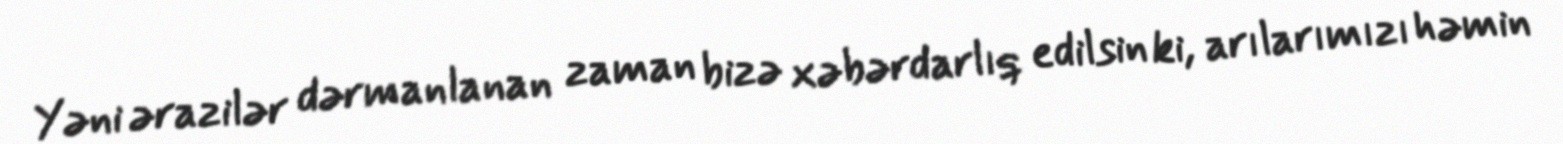
Yəni ərazilər dərmanlanan zaman bizə xəbərdarlıq edilsin ki, arılarımızı həmin